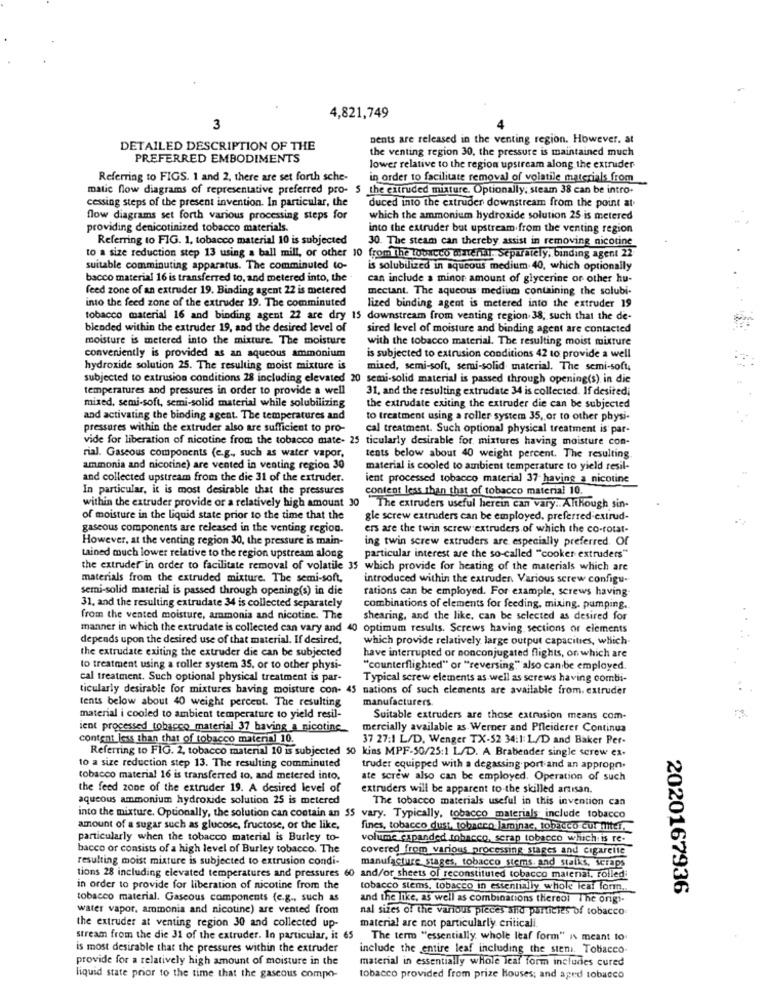
4,821,749
3
nents are released in the venting region. However. at
DETAILED DESCRIPTION OF THE
the venting region 30, the pressure is maintained much
PREFERRED EMBODIMENTS
lower relative to the region upstream along the extruder
Referring to FIGS. 1 and 2, there are set forth sche-
in order to facilitate removal of volatile materials from
matic flow diagrams of representative preferred pro- 5 the extruded mixture. Optionally, steam 38 can be intro-
cessing steps of the present invention. In particular, the
duced into the extruder downstream from the point at.
flow diagrams set forth various processing steps for
which the ammonium hydroxide solution 25 is metered
providing denicotinized tobacco materials.
into the extruder but upstream from the venting region
Referring to FIG. 1, tobacco material 10 is subjected
30. The steam can thereby assist in removing nicotine
to a size reduction step 13 using a ball mill, or other 10 from The tobacco minertil. Separately, binding agent 22
suitable comminuting apparatus. The comminuted to-
is solubilized in aqueous medium 40, which optionally
bacco material 16 is transferred to, and metered into, the
can include a minor amount of glycerine or other hu-
feed zone of an extruder 19. Binding agent 22 is metered
mectant. The aqueous medium containing the solubi-
into the feed zone of the extruder 19. The comminuted
lized binding agent is metered into the extruder 19
tobacco material 16 and binding agent 22 are dry 15 downstream from venting region 38; such that the de-
blended within the extruder 19, and the desired level of
sired level of moisture and binding agent are contacted
moisture is metered into the mixture. The moisture
with the tobacco material. The resulting moist mixture
conveniently is provided as an aqueous ammonium
is subjected to extrusion conditions 42 to provide a well
hydroxide solution 25. The resulting moist mixture is
mixed, semi-soft, semi-solid material. The semi-soft,
subjected to extrusion conditions 28 including elevated 20 semi-solid material is passed through opening(s) in die
temperatures and pressures in order to provide a well
31, and the resulting extrudate 34 is collected. If desiredi
mixed, semi-soft, semi-solid material while solubilizing
the extrudate exiting the extruder die can be subjected
and activating the binding agent. The temperatures and
to treatment using a roller system 35, or to other physi-
pressures within the extruder also are sufficient to pro-
cal treatment. Such optional physical treatment is par-
vide for liberation of nicotine from the tobacco mate- 25 ticularly desirable for. mixtures having moisture con-
rial. Gaseous components (e.g ., such as water vapor,
tents below about 40 weight percent. The resulting
ammonia and nicotine) are vented in venting region 30
material is cooled to ambient temperature to yield resil-
and collected upstream from the die 31 of the extruder.
ient processed tobacco material 37 having a nicotine
In particular, it is most desirable that the pressures
content less than that of tobacco material 10.
within the extruder provide or a relatively high amount 30
The extruders useful herein can vary .. Although sin-
of moisture in the liquid state prior to the time that the
gle screw extruders can be employed. preferred extrud-
gaseous components are released in the venting region.
ers are the twin screw extruders of which the co-rotat-
However, at the venting region 30, the pressure is main-
ing twin screw extruders are especially preferred. Of
tained much lower relative to the region upstream along
particular interest are the so-called "cooker extruders"
the extruder in order to facilitate removal of volatile 35 which provide for heating of the materials which are
materials from the extruded mixture. The semi-soft,
introduced within the extruder Various screw configu-
semi-solid material is passed through opening(s) in die
rations can be employed. For example, screws having-
31, and the resulting extrudate 34 is collected separately
combinations of elements for feeding, mixing. pumping.
from the vented moisture, ammonia and nicotine. The
shearing, and the like, can be selected as desired for
manner in which the extrudate is collected can vary and 40 optimum results. Screws having sections of elements
depends upon the desired use of that material. If desired,
which provide relatively large output capacities, which
the extrudate exiting the extruder die can be subjected
have interrupted or nonconjugated flights, on which are
to treatment using a roller system 35, or to other physi-
"counterflighted" or "reversing"" also canbe employed.
cal treatment. Such optional physical treatment is par-
Typical screw elements as well as screws having combi-
ticularly desirable for mixtures having moisture con- 45 nations of such elements are available from. extruder
tents below about 40 weight percent. The resulting
manufacturers.
material i cooled to ambient temperature to yield resil-
Suitable extruders are those extrusion means com-
ient processed tobacco material 37 having a nicotine
mercially available as Werner and Pfleiderer Continua
content less than that of tobacco material 10.
37 27:1 L/D, Wenger TX-52 34:1 L/D and Baker Per-
Referring to FIG. 2, tobacco material 10 is subjected 50 kins MPF-50/25:1 L/D. A Brabender single screw ex-
10 a size reduction step 13. The resulting comminuted
truder equipped with a degassing port and an appropn.
tobacco material 16 is transferred to, and metered into.
ate screw also can be employed. Operation of such
the feed zone of the extruder 19. A desired level of
extruders will be apparent to the skilled artisan.
aqueous ammonium hydroxide solution 25 is metered
The tobacco materials useful in this invention can
into the mixture. Optionally, the solution can contain an 55 vary. Typically, tobacco materials include tobacco
amount of a sugar such as glucose, fructose, or the like,
fines, tobacco dust, tobacco laminae, tobacco cur miter.
particularly when the tobacco material is Burley to-
volume expanded tobacco, serap tobacco which is re-
bacco or consists of a high level of Burley tobacco. The
covered from various processing stages and cigarette
resulting moist mixture is subjected to extrusion condi-
manufacture stages, tobacco stems. and stalks, scraps
tions 28 including elevated temperatures and pressures 60 and/or sheets of reconstituted tobacco material, rolled
in order to provide for liberation of nicotine from the
tobacco stems, tobacco in essentially whole leaf form.
2020167936
tobacco material. Gaseous components (e.g ., such as
and the like, as well as combinations thereol The origi-
water vapor, ammonia and nicotine) are vented from
nal sizes of the various pieces and particies of tobacco
the extruder at venting region 30 and collected up-
material are not particularly criticali.
stream from the die 31 of the extruder. In particular, it 65
The term "essentially whole leaf form" is meant to
is most desirable that the pressures within the extruder
include the entire leaf including the stem. Tobacco-
provide for a relatively high amount of moisture in the
material in essentially whole leaf form includes cured
liquid state prior to the time that the gaseous compo-
tobacco provided from prize Houses; and aged tobacco